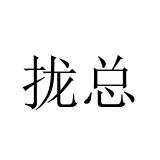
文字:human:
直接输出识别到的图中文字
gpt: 拢总